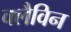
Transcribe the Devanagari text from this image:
क्लैविन